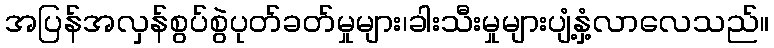
အပြန်အလှန်စွပ်စွဲပုတ်ခတ်မှုများ၊ခါးသီးမှုများပျံ့နှံ့လာလေသည်။